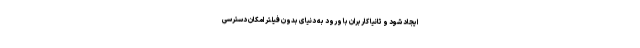
ایجاد شود و ثانیا کاربران با ورود به دنیای بدون فیلتر امکان دسترسی